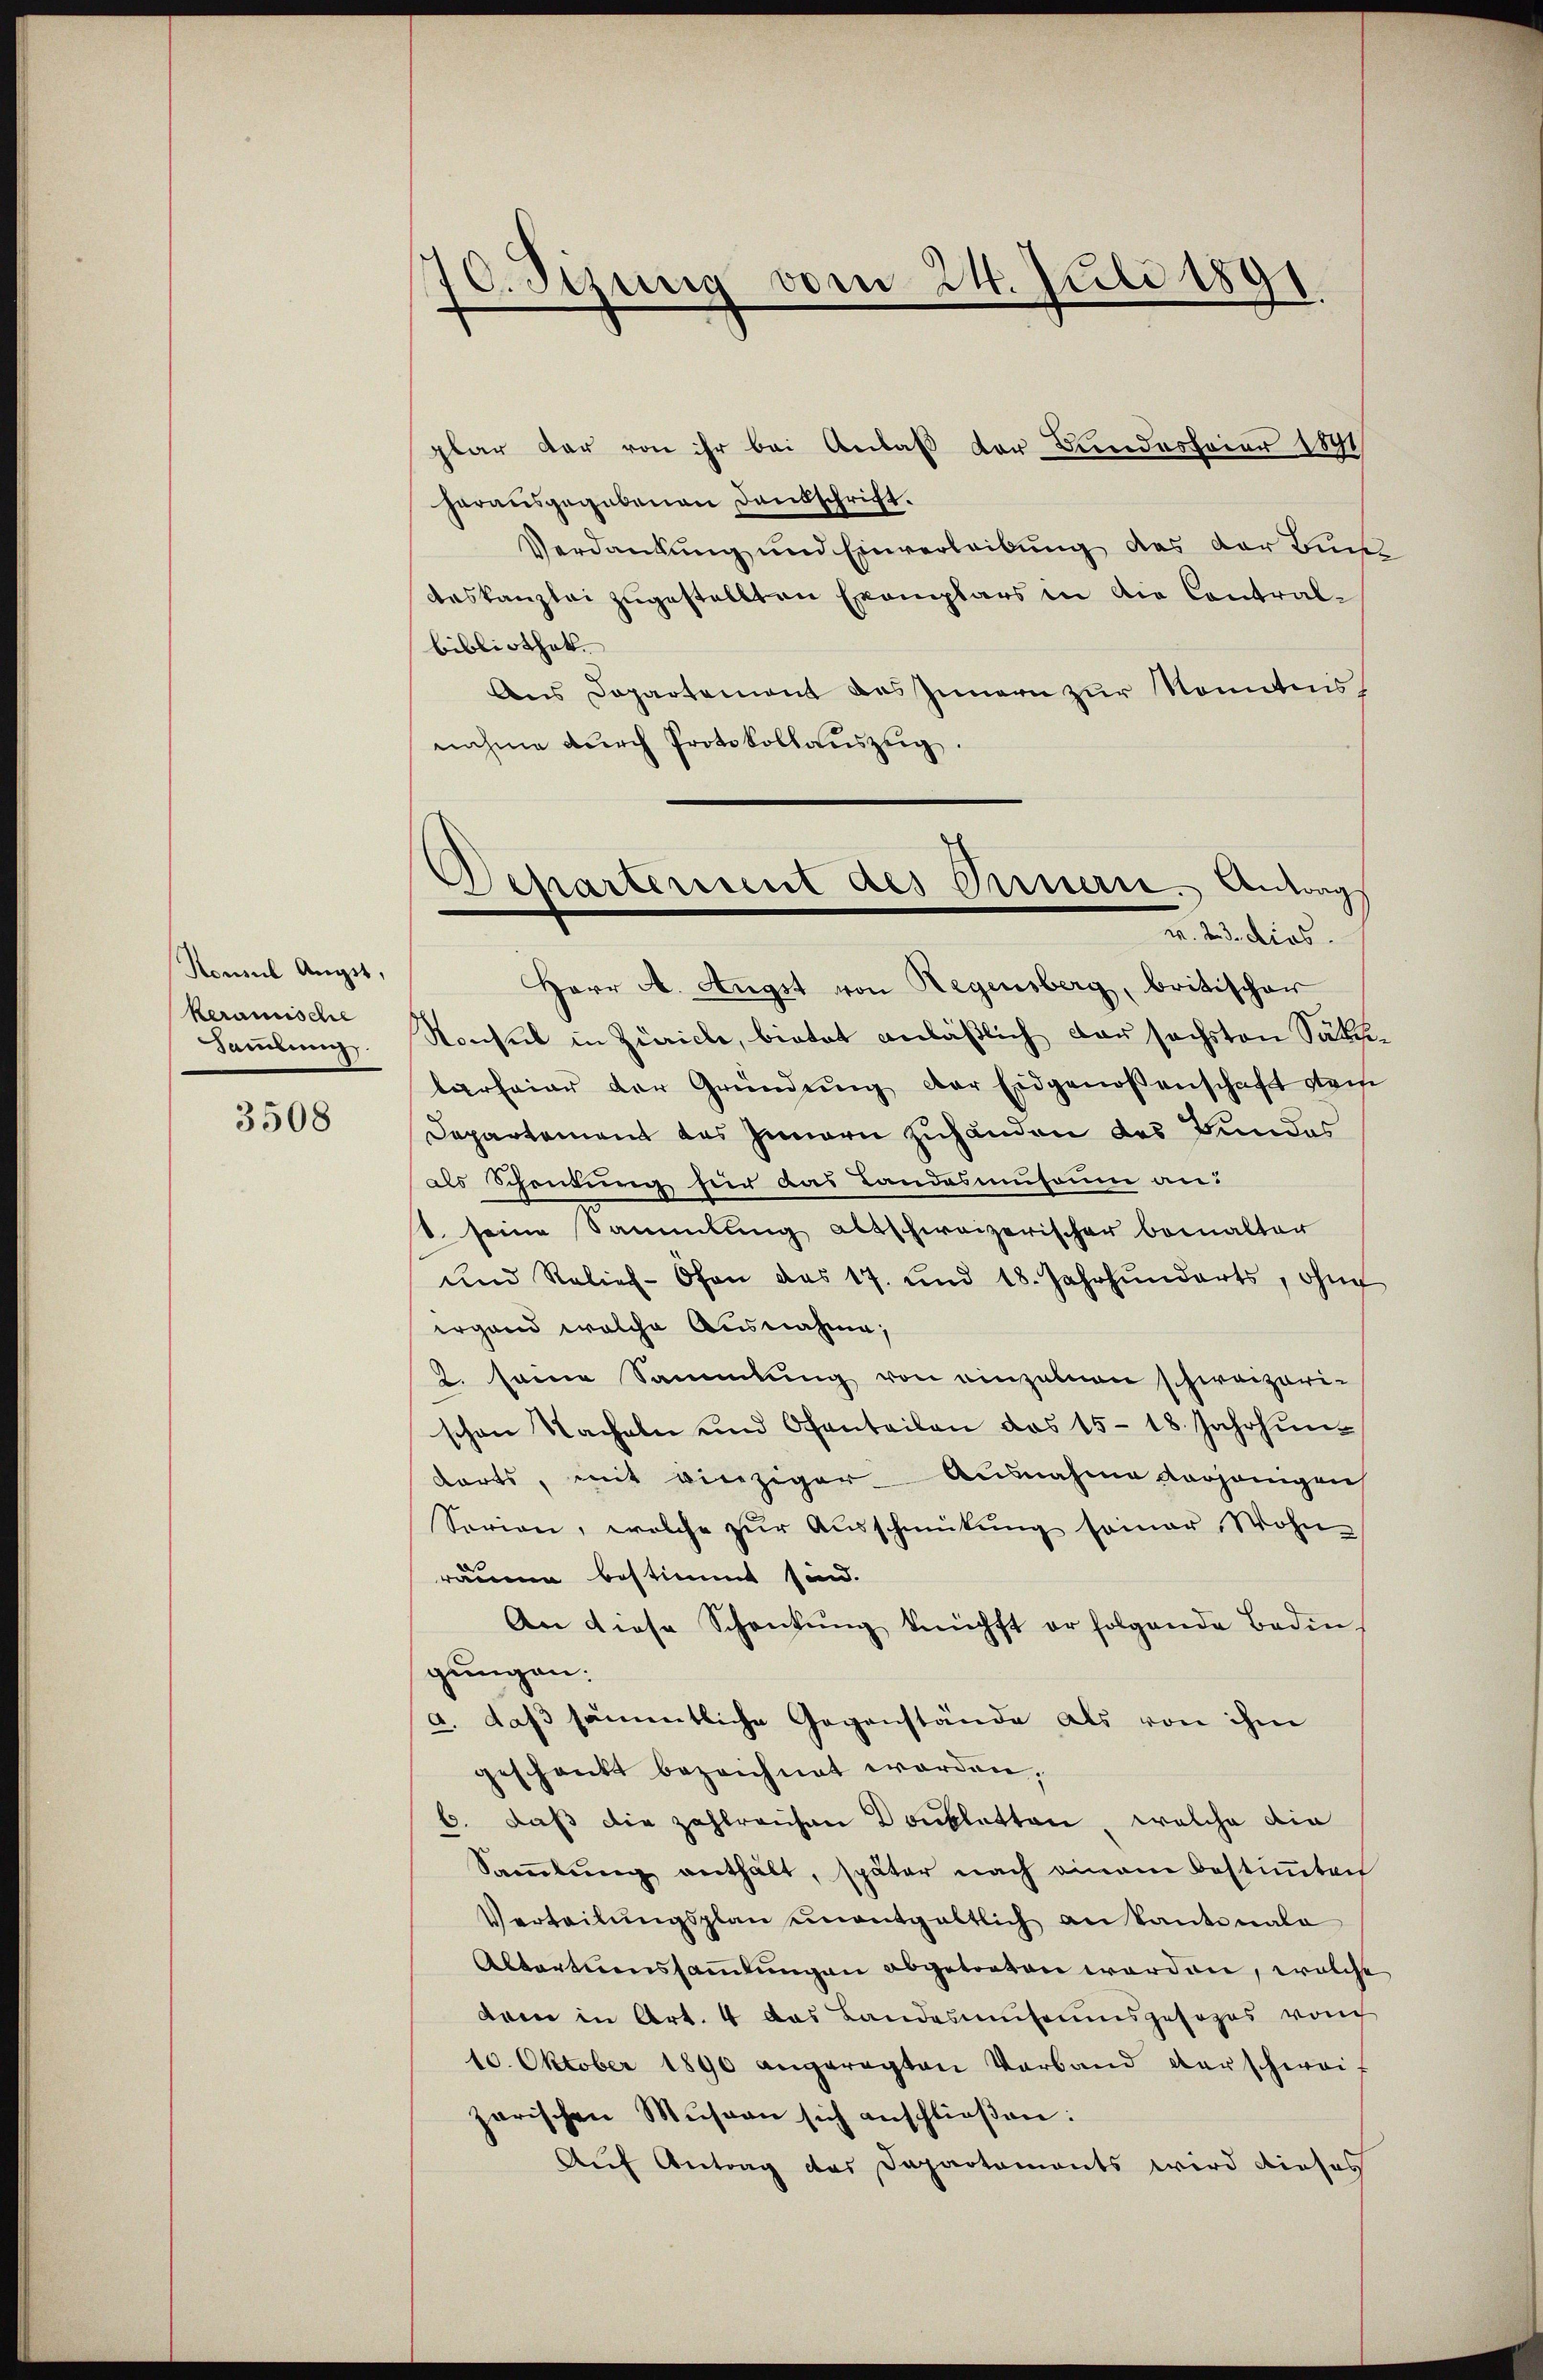
Konsul Augst,
keramische
Sammlung.

3508

plar dar von ihr bei Anlaß der Bundesfeier 1891/
herausgegebenen Dankschrift.
Verdankung und Einverleibung des der Bun
Auskanzlei zugestellten Exemplars in die Contralbibliothek.
Aus Departement des Innern zur Nominis
nahme durch Protokollauszug.

10. Jezung vom 24. Juli 1891.

Departement des Innern. Antrag
u. 23. dies

Herr A. Angst von Regensberg, britischer
Konsul in Zürich, bietet anläßlich der sechsten Säkularfeier der Gründung der Eidgenossenschaft stei
Departement des Innern zuhänden des Bundes
als Scheutung für das Landasmuseum an:
. seine Sammlung altschweizerischer bemalter
und Relief-Ofen das 17. und 18. Jahrhunderts, ohne
irgend welche Ausnahme,
2. seine Sammlung von einzelnen schweizerischen Nacheln und Ofenteilen das 15-18. Jahrhun-
wärts, mit vierziger Ausnahme vorhänigen
Sorien, welche zur Ausschmütung seiner Wohn-
räume bestimmt sind.
An diese Schankung knüpft er folgende Bedin-
gungen.
a. daß sämmtliche Gegenstände als von ihm
geschenkt bezeichnet worden,
6. daß die zahlreichen Doubletten, welche die
Sammlung enthält, später nach einem bestimmten
Verteilŭngsplan unentgeltlich an kantonale
Abtartuenssammlungen abgetreten worden, welche
dam in Art. 4 das Landasmŭseumspesopas von
10. Oktober 1890 angeregten Verband verschwei-
zarischen Museen sich anschließen:
Auf Antrag des Departements wird dieses